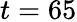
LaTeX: t=65